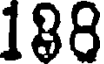
188